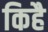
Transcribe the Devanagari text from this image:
किहै